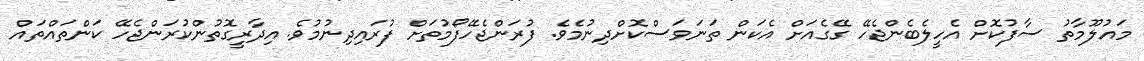
މައުލޫމާތު ސާފުކޮށް އެހީލެބެންޖެހޭ ގޭގެއަށް އެކަން ތަނަވަސްކޮށްދިނުމެވެ. ފުރަންޖެހޭފޯމުތަށް ފުރައިދިނުމުވެ. އިދާރީގޮތުންކުރަންޖެހޭ ކަންތައްތައް